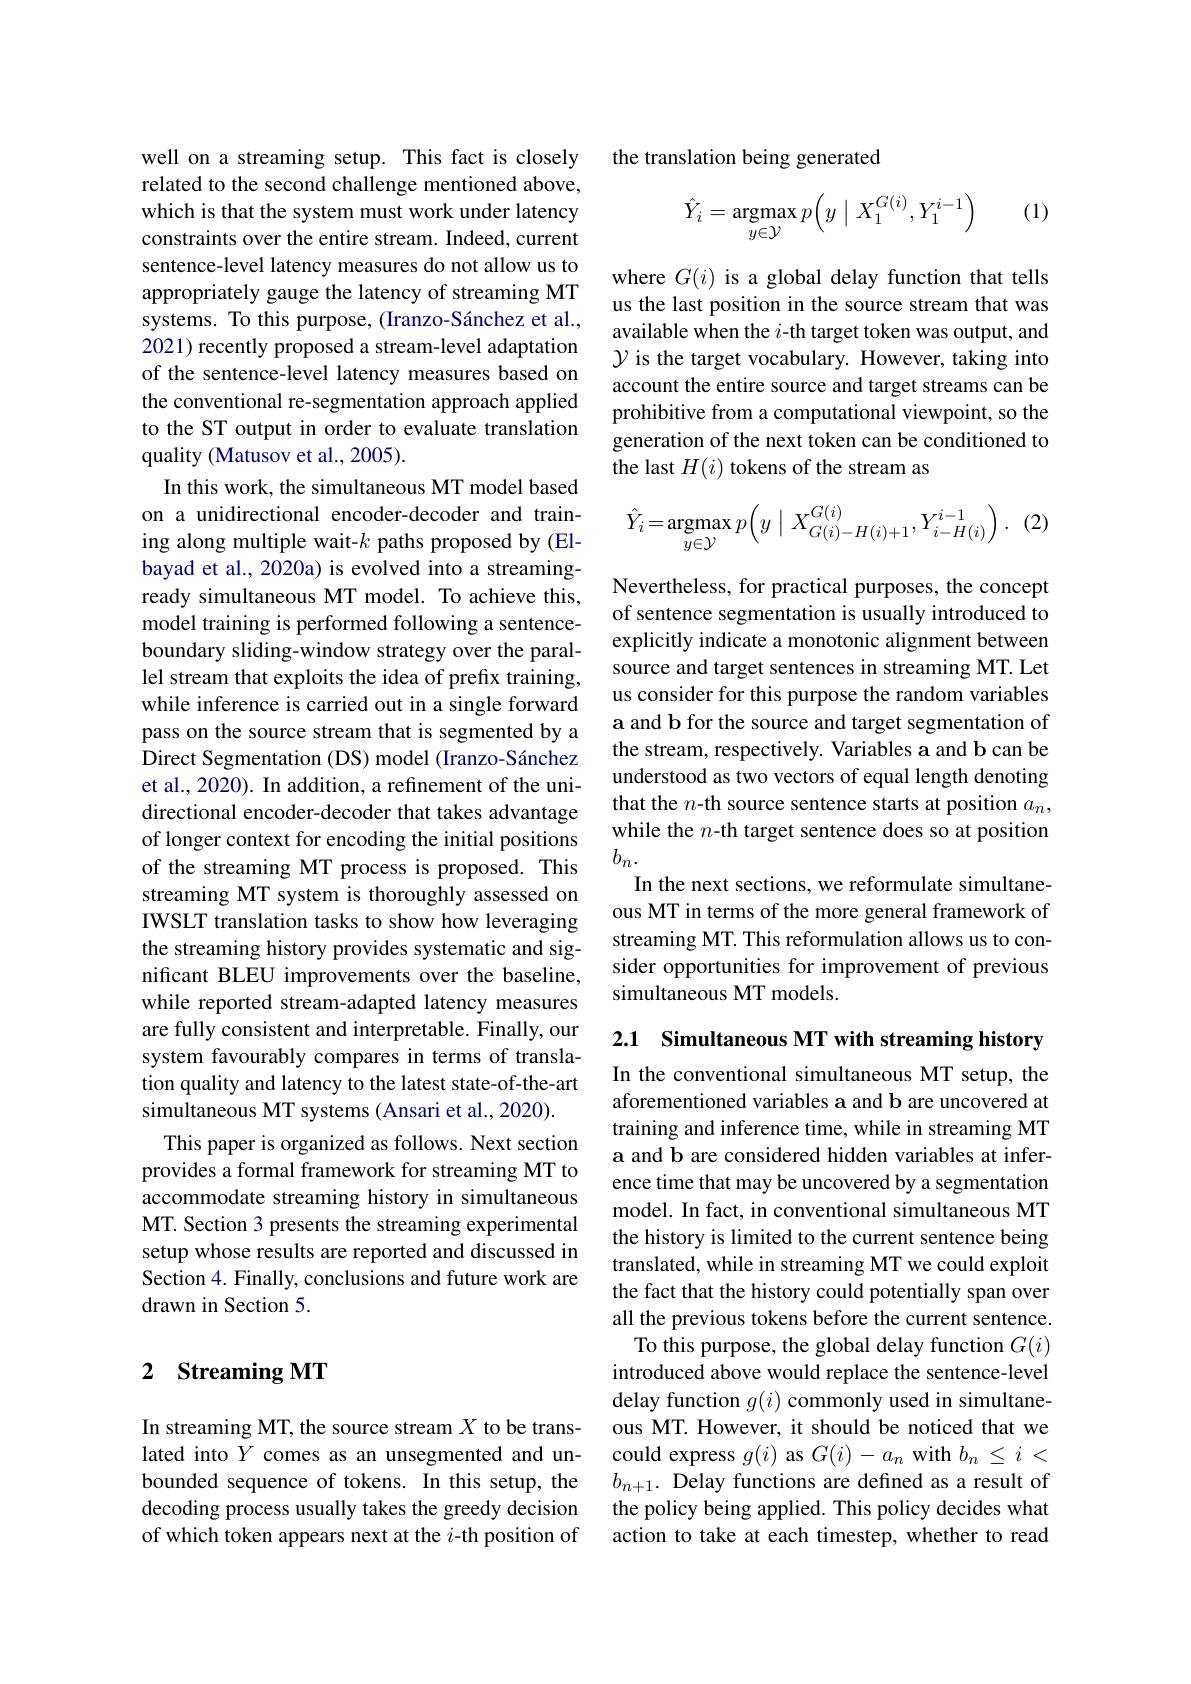
well on a streaming setup. This fact is closely related to the second challenge mentioned above, which is that the system must work under latency constraints over the entire stream. Indeed, current sentence-level latency measures do not allow us to appropriately gauge the latency of streaming MT systems. To this purpose, (Iranzo-Sánchez et al., 2021) recently proposed a stream-level adaptation of the sentence-level latency measures based on the conventional re-segmentation approach applied to the ST output in order to evaluate translation quality (Matusov et al., 2005).
In this work, the simultaneous MT model based on a unidirectional encoder-decoder and training along multiple wait-$k$ paths proposed by(Elbayad et al., 2020a) is evolved into a streamingready simultaneous MT model. To achieve this, model training is performed following a sentenceboundary sliding-window strategy over the parallel stream that exploits the idea of prefix training, while inference is carried out in a single forward pass on the source stream that is segmented by a Direct Segmentation (DS) model (Iranzo-Sánchez et al., 2020). In addition, a refinement of the unidirectional encoder-decoder that takes advantage of longer context for encoding the initial positions of the streaming MT process is proposed. This streaming MT system is thoroughly assessed on IWSLT translation tasks to show how leveraging the streaming history provides systematic and significant BLEU improvements over the baseline, while reported stream-adapted latency measures are fully consistent and interpretable. Finally, our system favourably compares in terms of translation quality and latency to the latest state-of-the-art simultaneous MT systems (Ansari et al., 2020).
This paper is organized as follows. Next section provides a formal framework for streaming MT to accommodate streaming history in simultaneous MT. Section 3 presents the streaming experimental setup whose results are reported and discussed in Section 4. Finally, conclusions and future work are drawn in Section 5.

## 2 Streaming MT

In streaming MT, the source stream $X$ to be translated into $Y$ comes as an unsegmented and unbounded sequence of tokens. In this setup, the decoding process usually takes the greedy decision of which token appears next at the $i$-th position of

the translation being generated

(1)
$$\hat{Y}_i=\underset{y\in\mathcal{Y}}{\text{argmax}}p\Big(y\:\Big|\:X_1^{G(i)},Y_1^{i-1}\Big)$$
where $G(i)$ is a global delay function that tells us the last position in the source stream that was available when the $i$-th target token was output, and $\mathcal{Y}$ is the target vocabulary. However, taking into account the entire source and target streams can be prohibitive from a computational viewpoint, so the generation of the next token can be conditioned to the last $H(i)$ tokens of the stream as

(2)
$$\hat{Y}_{i}=\underset{y\in\mathcal{Y}}{\text{argmax}}p\Big(y\mid X_{G(i)-H(i)+1}^{G(i)},Y_{i-H(i)}^{i-1}\Big)\:.$$
Nevertheless, for practical purposes, the concept of sentence segmentation is usually introduced to explicitly indicate a monotonic alignment between source and target sentences in streaming MT. Let us consider for this purpose the random variables a and b for the source and target segmentation of the stream, respectively. Variables a and b can be understood as two vectors of equal length denoting that the $n$-th source sentence starts at position $a_n$, while the $n$-th target sentence does so at position $b_n.$
In the next sections, we reformulate simultaneous MT in terms of the more general framework of streaming MT. This reformulation allows us to consider opportunities for improvement of previous simultaneous MT models.

2.1 Simultaneous MT with streaming history

In the conventional simultaneous MT setup, the aforementioned variables a and b are uncovered at training and inference time, while in streaming MT a and b are considered hidden variables at inference time that may be uncovered by a segmentation model. In fact, in conventional simultaneous MT the history is limited to the current sentence being translated, while in streaming MT we could exploit the fact that the history could potentially span over all the previous tokens before the current sentence.
To this purpose, the global delay function $G(i)$ introduced above would replace the sentence-level delay function $g(i)$ commonly used in simultaneous MT. However, it should be noticed that we could express $g(i)$ as $G(i)-a_n$ with $b_n\leq i<$ $b_{n+1}.$ Delay functions are defined as a result of the policy being applied. This policy decides what action to take at each timestep, whether to read